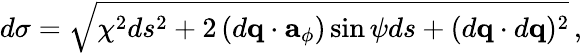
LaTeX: d\sigma=\sqrt{\chi^{2}ds^{2}+2\left(d{\mathbf q}\cdot{\mathbf a}_{\phi}\right)\sin\psi ds+(d{\mathbf q}\cdot d{\mathbf q})^{2}}\, ,